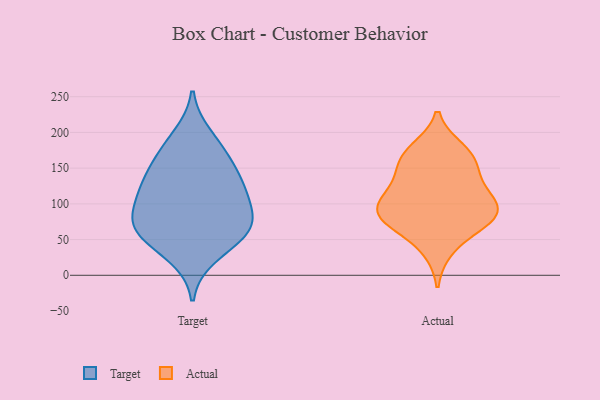
{"axis": {"x": "Waste Production (Tons)", "y": "Value"}, "legend": ["Actual", "Target"], "data": [{"x": "", "y": 59, "type": "Target"}, {"x": "", "y": 163, "type": "Target"}, {"x": "", "y": 87, "type": "Target"}, {"x": "", "y": 135, "type": "Target"}, {"x": "", "y": 127, "type": "Target"}, {"x": "", "y": 113, "type": "Target"}, {"x": "", "y": 27, "type": "Target"}, {"x": "", "y": 80, "type": "Target"}, {"x": "", "y": 62, "type": "Target"}, {"x": "", "y": 171, "type": "Target"}, {"x": "", "y": 72, "type": "Target"}, {"x": "", "y": 54, "type": "Target"}, {"x": "", "y": 120, "type": "Target"}, {"x": "", "y": 195, "type": "Target"}, {"x": "", "y": 109, "type": "Actual"}, {"x": "", "y": 85, "type": "Actual"}, {"x": "", "y": 176, "type": "Actual"}, {"x": "", "y": 94, "type": "Actual"}, {"x": "", "y": 69, "type": "Actual"}, {"x": "", "y": 169, "type": "Actual"}, {"x": "", "y": 77, "type": "Actual"}, {"x": "", "y": 92, "type": "Actual"}, {"x": "", "y": 164, "type": "Actual"}, {"x": "", "y": 148, "type": "Actual"}, {"x": "", "y": 115, "type": "Actual"}, {"x": "", "y": 36, "type": "Actual"}, {"x": "", "y": 81, "type": "Actual"}, {"x": "", "y": 132, "type": "Actual"}]}